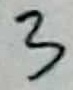
Text: 3